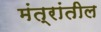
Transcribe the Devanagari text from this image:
मंत्रांतील